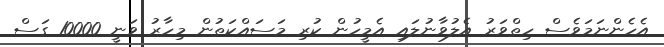
އެހެންނަމަވެސް ހިތްވަރު އެލުވާނުލައި އެމީހުން ކުރި މަސައްކަތުން މިހާރު ވަނީ 10000 ގަސް